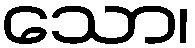
သော၊